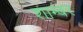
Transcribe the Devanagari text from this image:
शाम्बर